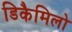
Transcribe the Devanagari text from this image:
डिकैमिलो